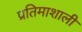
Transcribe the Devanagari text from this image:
प्रतिमाशाली